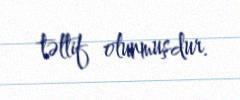
təltif olunmuşdur.